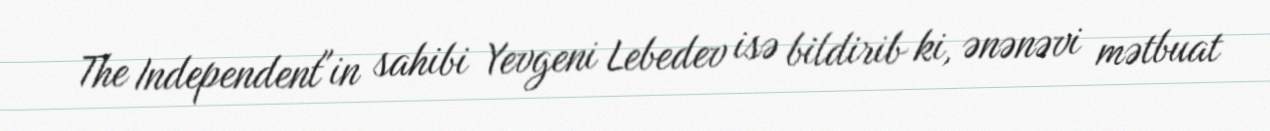
The Independent"in sahibi Yevgeni Lebedev isə bildirib ki, ənənəvi mətbuat